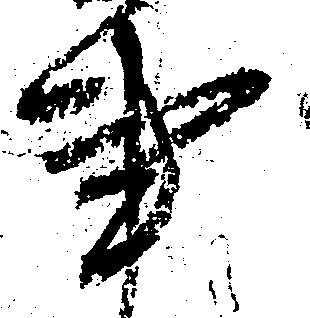
事